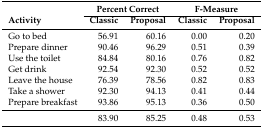
|  | <COLSPAN=2> Percent Correct | <COLSPAN=2> F-Measure |
 | Activity | Classic | Proposal | Classic | Proposal |
 | --- | --- | --- | --- | --- |
 | Go to bed | 56.91 | 60.16 | 0.00 | 0.20 |
 | Prepare dinner | 90.46 | 96.29 | 0.51 | 0.39 |
 | Use the toilet | 84.84 | 80.16 | 0.76 | 0.82 |
 | Get drink | 92.54 | 92.30 | 0.52 | 0.52 |
 | Leave the house | 76.39 | 78.56 | 0.82 | 0.83 |
 | Take a shower | 92.30 | 94.13 | 0.41 | 0.44 |
 | Prepare breakfast | 93.86 | 95.13 | 0.36 | 0.50 |
 |  | 83.90 | 85.25 | 0.48 | 0.53 |